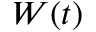
W ( t )